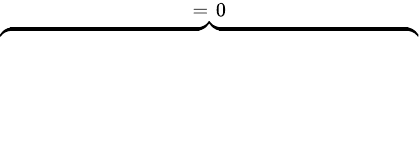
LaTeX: \overbrace{\phantom{\left.\sum_{k=1}^{3}\sum_{i=1}^{2}\sum_{p=1}^{P_{k}^{(i)}}2(\mathrm{d}_{\rho}\kappa^{(i)})\tilde{E}_{k}\Re\left\{ Q_{p,k}^{(i)}\right\} \right|_{0}^{T}}}^{=\; 0}